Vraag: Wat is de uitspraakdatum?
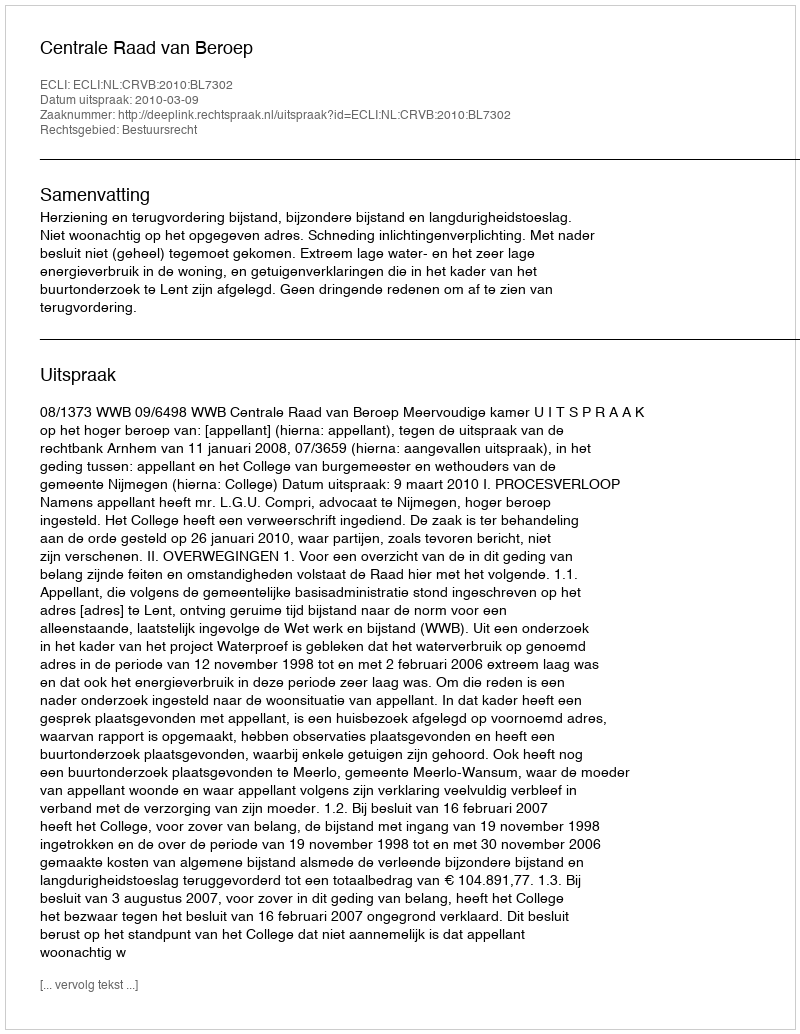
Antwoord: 2010-03-09